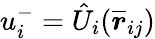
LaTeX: u_{i}^{-}=\hat{U}_{i}(\overline{{\boldsymbol{r}}}_{ij})